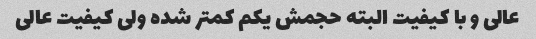
عالی و با کیفیت البته حجمش یکم کمتر شده ولی کیفیت عالی